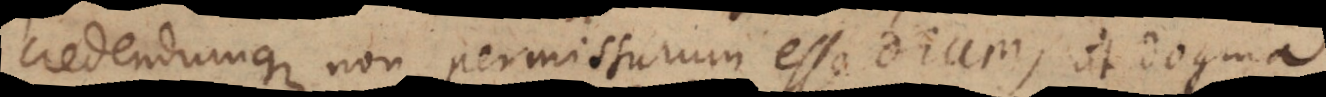
credendumque non permissurum esse Deum, ut dogma